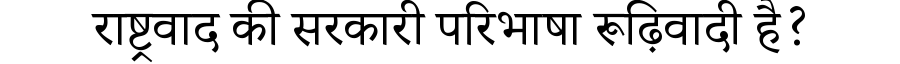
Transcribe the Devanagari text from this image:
राष्ट्रवाद की सरकारी परिभाषा रूढ़िवादी है?